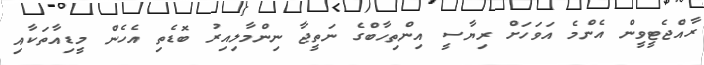
ރާއްޖެޓީވީން އެންމެ އަވަހަށް ރިޔާސީ އިންތިހާބްގެ ނަތީޖާ ނިންމާލިއިރު ބޮޑެތި އެހެން މީޑިއާތަކާއި